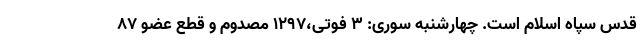
قدس سپاه اسلام است. چهارشنبه سوری: 3 فوتی،1297 مصدوم و قطع عضو 87